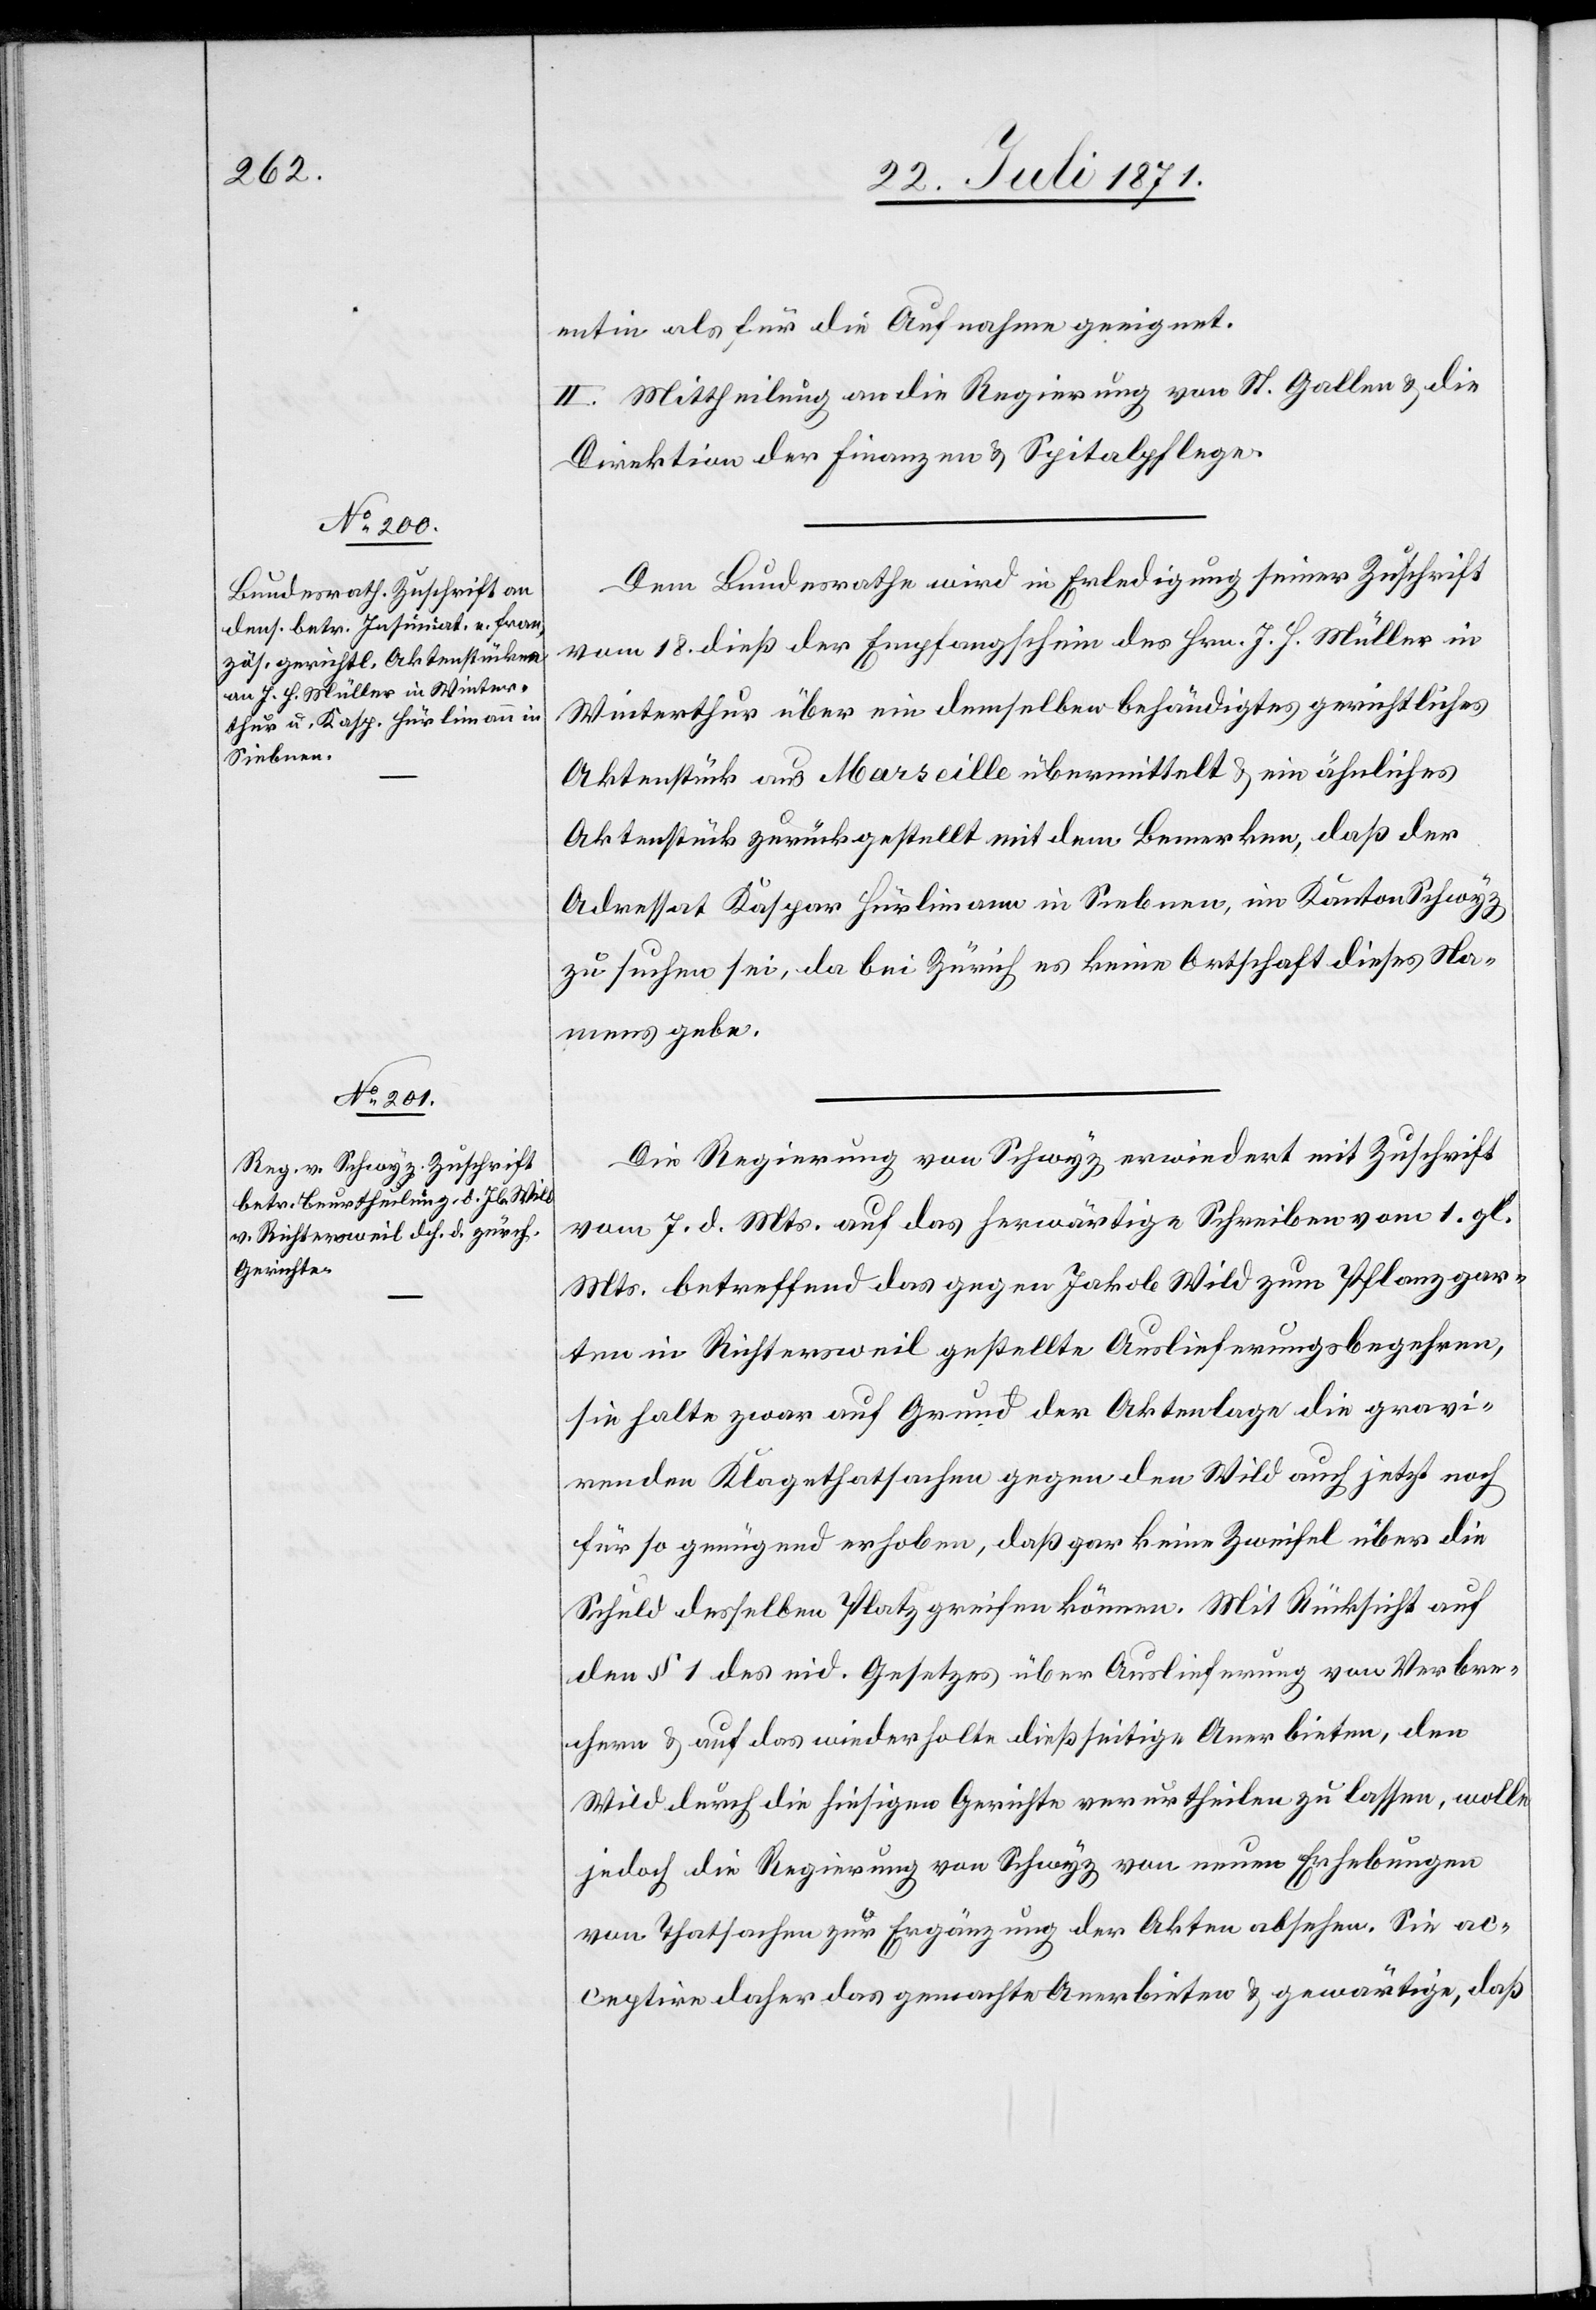
24. Juli 1871.]
entin als für die Aufnahme geeignet.
II. Mittheilung an die Regierung von St. Gallen u. die
Direktion der Finanzen u. Spitalpflege.
Dem Bundesrathe wird in Erledigung seiner Zuschrift
vom 18. dieß der Empfangsschein des Hrn. J. H. Müller in
Winterthur über ein demselben behändigtes gerichtliches
Aktenstück aus Marseille übermittelt u. ein ähnliches
Aktenstück zurückgestellt mit dem Bemerken, daß der
Adressat Kaspar Hürlimann in Siebnen, im Kanton Schwyz
zu suchen sei, da bei Zürich es keine Ortschaft dieses Na¬
mens gebe.
Die Regierung von Schwyz erwiedert mit Zuschrift
vom 7. d. Mts. auf das herwärtige Schreiben vom 1. gl.
Mts. betreffend das gegen Jakob Wild zum Pflanzgar¬
ten in Richtersweil gestellte Auslieferungsbegehren,
sie halte zwar auf Grund der Aktenlage die gravi¬
renden Klagethatsachen gegen den Wild auch jetzt noch
für so genügend erhoben, daß gar keine Zweifel über die
Schuld desselben Platz greifen können. Mit Rücksicht auf
den § 1 des eid. Gesetzes über Auslieferung von Verbre¬
chern u. auf das wiederholte dießseitige Anerbieten, den
Wild durch die hiesigen Gerichte verurtheilen zu lassen, wolle
jedoch die Regierung von Schwyz von neuen Erhebungen
von Thatsachen zur Ergänzung der Akten absehen. Sie ac¬
ceptire daher das gemachte Anerbieten u. gewärtige, daß